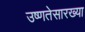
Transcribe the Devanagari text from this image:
उष्णतेसारख्या